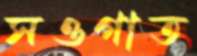
সওগাত